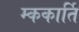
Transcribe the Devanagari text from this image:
म्ककार्ति